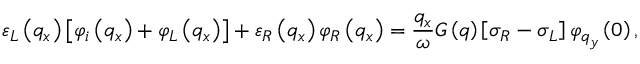
{ { \varepsilon } _ { L } } \left( { { q } _ { x } } \right) \left[ { { \varphi } _ { i } } \left( { { q } _ { x } } \right) + { { \varphi } _ { L } } \left( { { q } _ { x } } \right) \right] + { { \varepsilon } _ { R } } \left( { { q } _ { x } } \right) { { \varphi } _ { R } } \left( { { q } _ { x } } \right) = \frac { { { q } _ { x } } } { \omega } G \left( q \right) \left[ { { \sigma } _ { R } } - { { \sigma } _ { L } } \right] { { \varphi } _ { { { q } _ { y } } } } \left( 0 \right) ,